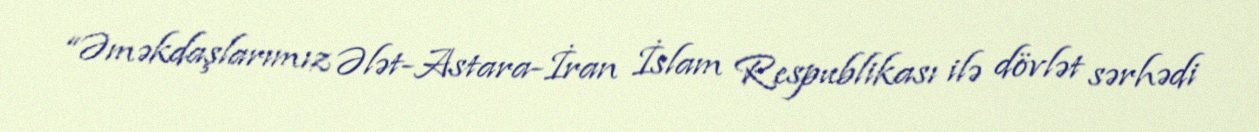
“Əməkdaşlarımız Ələt-Astara-İran İslam Respublikası ilə dövlət sərhədi